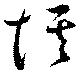
惟